Cholera in southern India
Disease focus: Cholera
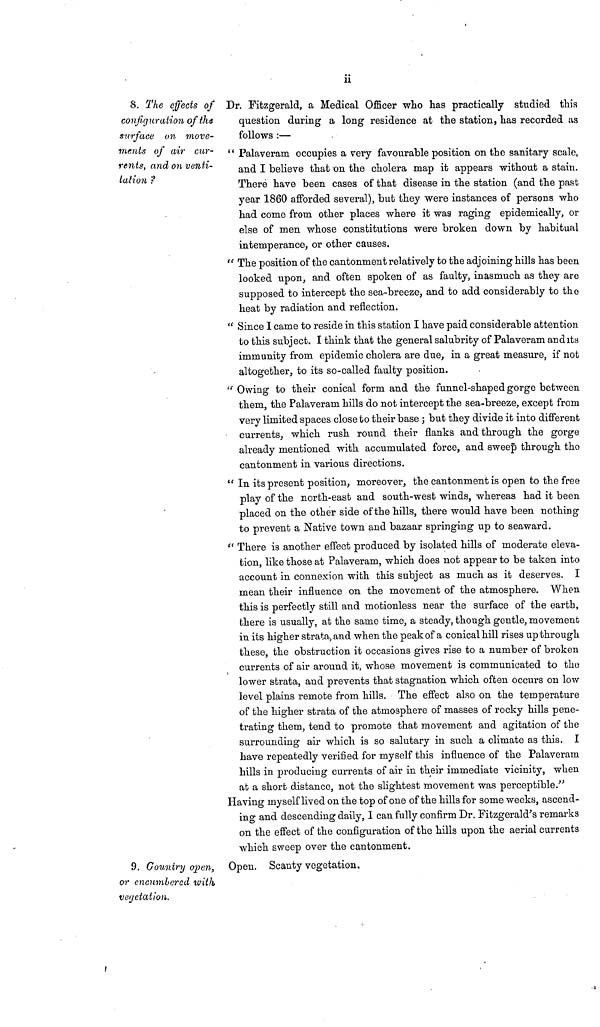
ii
8. The effects of
configuration of the
surface on move-
ments of air cur-
rents, and on venti-
lation ?
Dr. Fitzgerald, a Medical Officer who has practically studied this
question during a long residence at the station, has recorded as
follows :—
" Palaveram occupies a very favourable position on the sanitary scale,
and I believe that on the cholera map it appears without a stain.
There have been cases of that disease in the station (and the past
year 1860 afforded several), but they were instances of persons who
had come from other places where it was raging epidemically, or
else of men whose constitutions were broken down by habitual
intemperance, or other causes.
" The position of the cantonment relatively to the adjoining hills has been
looked upon, and often spoken of as faulty, inasmuch as they are
supposed to intercept the sea-breeze, and to add considerably to the
heat by radiation and reflection.
" Since I came to reside in this station I have paid considerable attention
to this subject. I think that the general salubrity of Palaveram and its
immunity from epidemic cholera are due, in a great measure, if not
altogether, to its so-called faulty position.
" Owing to their conical form and the funnel-shaped gorge between
them, the Palaveram hills do not intercept the sea-breeze, except from
very limited spaces close to their base ; but they divide it into different
currents, which rush round their flanks and through the gorge
already mentioned with accumulated force, and sweep through the
cantonment in various directions.
" In its present position, moreover, the cantonment is open to the free
play of the north-east and south-west winds, whereas had it been
placed on the other side of the hills, there would have been nothing
to prevent a Native town and bazaar springing up to seaward.
" There is another effect produced by isolated hills of moderate eleva-
tion, like those at Palaveram, which does not appear to be taken into
account in connexion with this subject as much as it deserves. I
mean their influence on the movement of the atmosphere. When
this is perfectly still and motionless near the surface of the earth,
there is usually, at the same time, a steady, though gentle, movement
in its higher strata, and when the peak of a conical hill rises up through
these, the obstruction it occasions gives rise to a number of broken
currents of air around it, whose movement is communicated to the
lower strata, and prevents that stagnation which often occurs on low
level plains remote from hills. The effect also on the temperature
of the higher strata of the atmosphere of masses of rocky hills pene-
trating them, tend to promote that movement and agitation of the
surrounding air which is so salutary in such a climate as this. I
have repeatedly verified for myself this influence of the Palaveram
hills in producing currents of air in their immediate vicinity, when
at a short distance, not the slightest movement was perceptible."
Having myself lived on the top of one of the hills for some weeks, ascend-
ing and descending daily, I can fully confirm Dr. Fitzgerald's remarks
on the effect of the configuration of the hills upon the aerial currents
which sweep over the cantonment.
9. Country open,
or encumbered with
vegetation.
Open. Scanty vegetation.